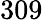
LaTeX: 309